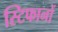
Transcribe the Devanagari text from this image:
स्टिफानों